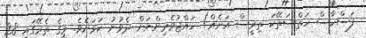
ފަސްހާސް ހަތްސަތޭކަ ތިރީސް އަށެއް) ހައްޖުވެރިންނަށް ދެވުނު ކަމަށެވެ. މީގެ ތެރޭގައި 28